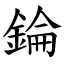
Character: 錀